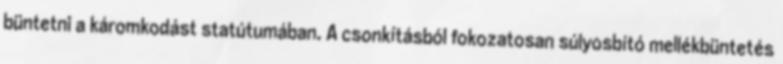
büntetni a káromkodást statútumában. A csonkításból fokozatosan súlyosbító mellékbüntetés